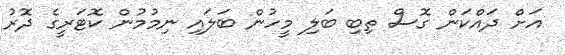
އަށް ދައްކަން ގޮސް ތިބި ބަލި މީހުން ބަލައި ނިމުމުން ކޮޓަރީގެ ދޮރު